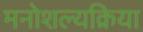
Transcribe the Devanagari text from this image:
मनोशल्यक्रिया